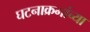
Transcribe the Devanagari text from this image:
घटनाक्रमांच्या